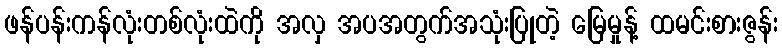
ဖန်ပန်းကန်လုံးတစ်လုံးထဲကို အလှ အပအတွက်အသုံးပြုတဲ့ မြေမှုန့် ထမင်းစားဇွန်း